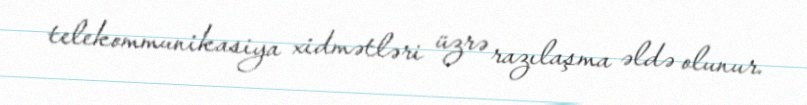
telekommunikasiya xidmətləri üzrə razılaşma əldə olunur.